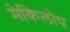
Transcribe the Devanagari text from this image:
मेकिलोप